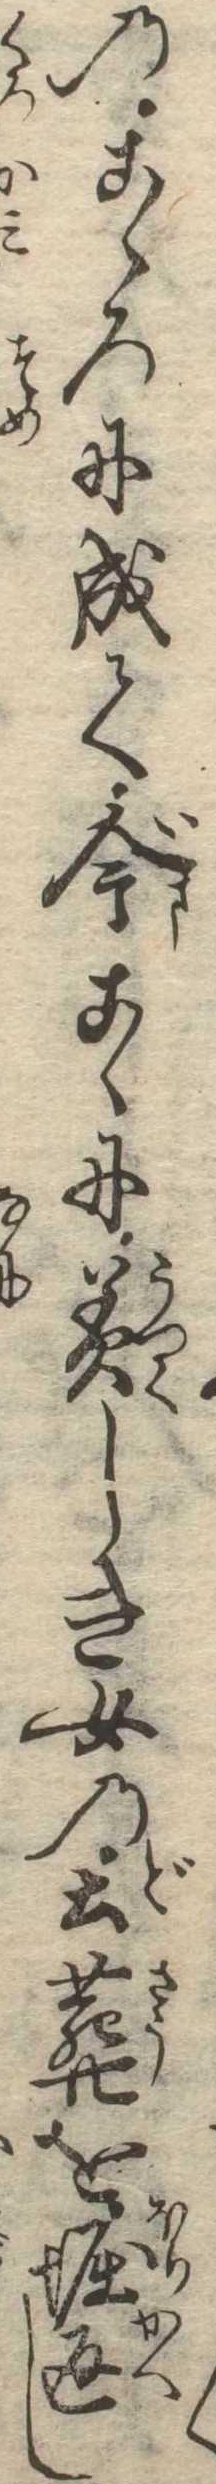
のこゝろに成て今こゝに美しき女の土葬を堀返し